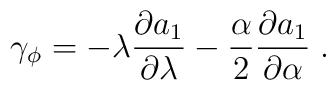
\gamma_\phi = -\lambda\frac{\partial a_1}{\partial \lambda}-  \frac{\alpha}{2} \frac{\partial a_1}{\partial \alpha}\; .